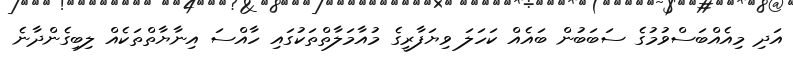
އަދި މިއެއްބަސްވުމުގެ ސަބަބުން ބައެއް ކަހަލަ ވިޔަފާރީގެ މުއާމަލާތްތަކުގައި ހާއްސަ އިނާޔާތްތަކެއް ލިބިގެންދާނެ